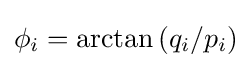
\phi _{i}=\mathrm {arctan} \left(q_{i}/p_{i}\right)